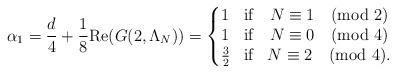
LaTeX: \begin{align*}\alpha_1=\frac{d}{4}+\frac{1}{8}\mathrm{Re}(G(2,\Lambda_N))=\left\{\begin{matrix}1&\textrm{if}&N\equiv 1 \pmod 2\\1&\textrm{if}&N\equiv 0 \pmod 4\\\frac{3}{2}&\textrm{if}&N\equiv 2 \pmod 4.\end{matrix}\right. \end{align*}